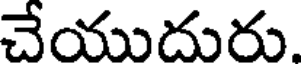
చేయుదురు.